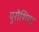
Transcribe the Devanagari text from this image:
यूरोशिया